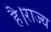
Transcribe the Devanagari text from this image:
है।राज्य